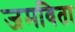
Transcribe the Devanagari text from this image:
जमविता